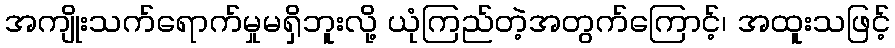
အကျိုးသက်ရောက်မှုမရှိဘူးလို့ ယုံကြည်တဲ့အတွက်ကြောင့်၊ အထူးသဖြင့်